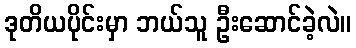
ဒုတိယပိုင်းမှာ ဘယ်သူ ဦးဆောင်ခဲ့လဲ။